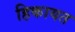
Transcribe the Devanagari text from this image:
हिकायत